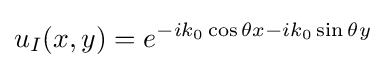
u_{I}(x,y)=e^{-ik_{0}\cos \theta x-ik_{0}\sin \theta y}